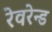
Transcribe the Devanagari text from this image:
रेवरेन्ड